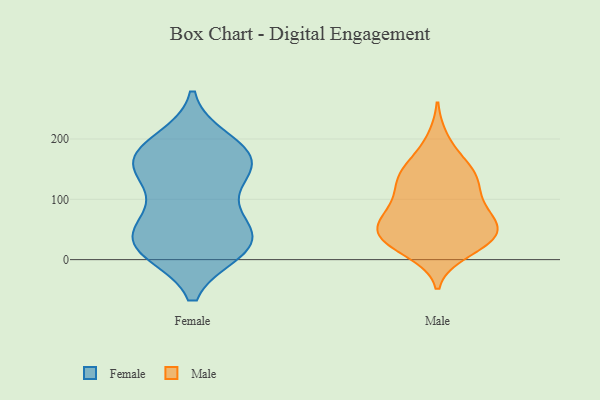
{"axis": {"x": "Tickets Resolved", "y": "Value"}, "legend": ["Female", "Male"], "data": [{"x": "", "y": 153, "type": "Female"}, {"x": "", "y": 176, "type": "Female"}, {"x": "", "y": 143, "type": "Female"}, {"x": "", "y": 38, "type": "Female"}, {"x": "", "y": 147, "type": "Female"}, {"x": "", "y": 22, "type": "Female"}, {"x": "", "y": 93, "type": "Female"}, {"x": "", "y": 65, "type": "Female"}, {"x": "", "y": 19, "type": "Female"}, {"x": "", "y": 18, "type": "Female"}, {"x": "", "y": 178, "type": "Female"}, {"x": "", "y": 196, "type": "Female"}, {"x": "", "y": 180, "type": "Female"}, {"x": "", "y": 15, "type": "Female"}, {"x": "", "y": 60, "type": "Female"}, {"x": "", "y": 154, "type": "Female"}, {"x": "", "y": 29, "type": "Female"}, {"x": "", "y": 137, "type": "Male"}, {"x": "", "y": 104, "type": "Male"}, {"x": "", "y": 47, "type": "Male"}, {"x": "", "y": 140, "type": "Male"}, {"x": "", "y": 27, "type": "Male"}, {"x": "", "y": 67, "type": "Male"}, {"x": "", "y": 162, "type": "Male"}, {"x": "", "y": 33, "type": "Male"}, {"x": "", "y": 98, "type": "Male"}, {"x": "", "y": 135, "type": "Male"}, {"x": "", "y": 34, "type": "Male"}, {"x": "", "y": 36, "type": "Male"}, {"x": "", "y": 62, "type": "Male"}, {"x": "", "y": 14, "type": "Male"}, {"x": "", "y": 66, "type": "Male"}, {"x": "", "y": 42, "type": "Male"}, {"x": "", "y": 138, "type": "Male"}, {"x": "", "y": 82, "type": "Male"}, {"x": "", "y": 198, "type": "Male"}]}